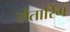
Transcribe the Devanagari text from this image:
सेंतारिंग